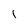
Character: 1